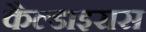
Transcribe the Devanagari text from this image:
कैल्डाइरास